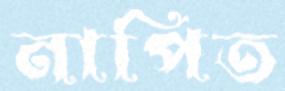
নাপিত